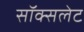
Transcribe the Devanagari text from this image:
सॉक्सलेट